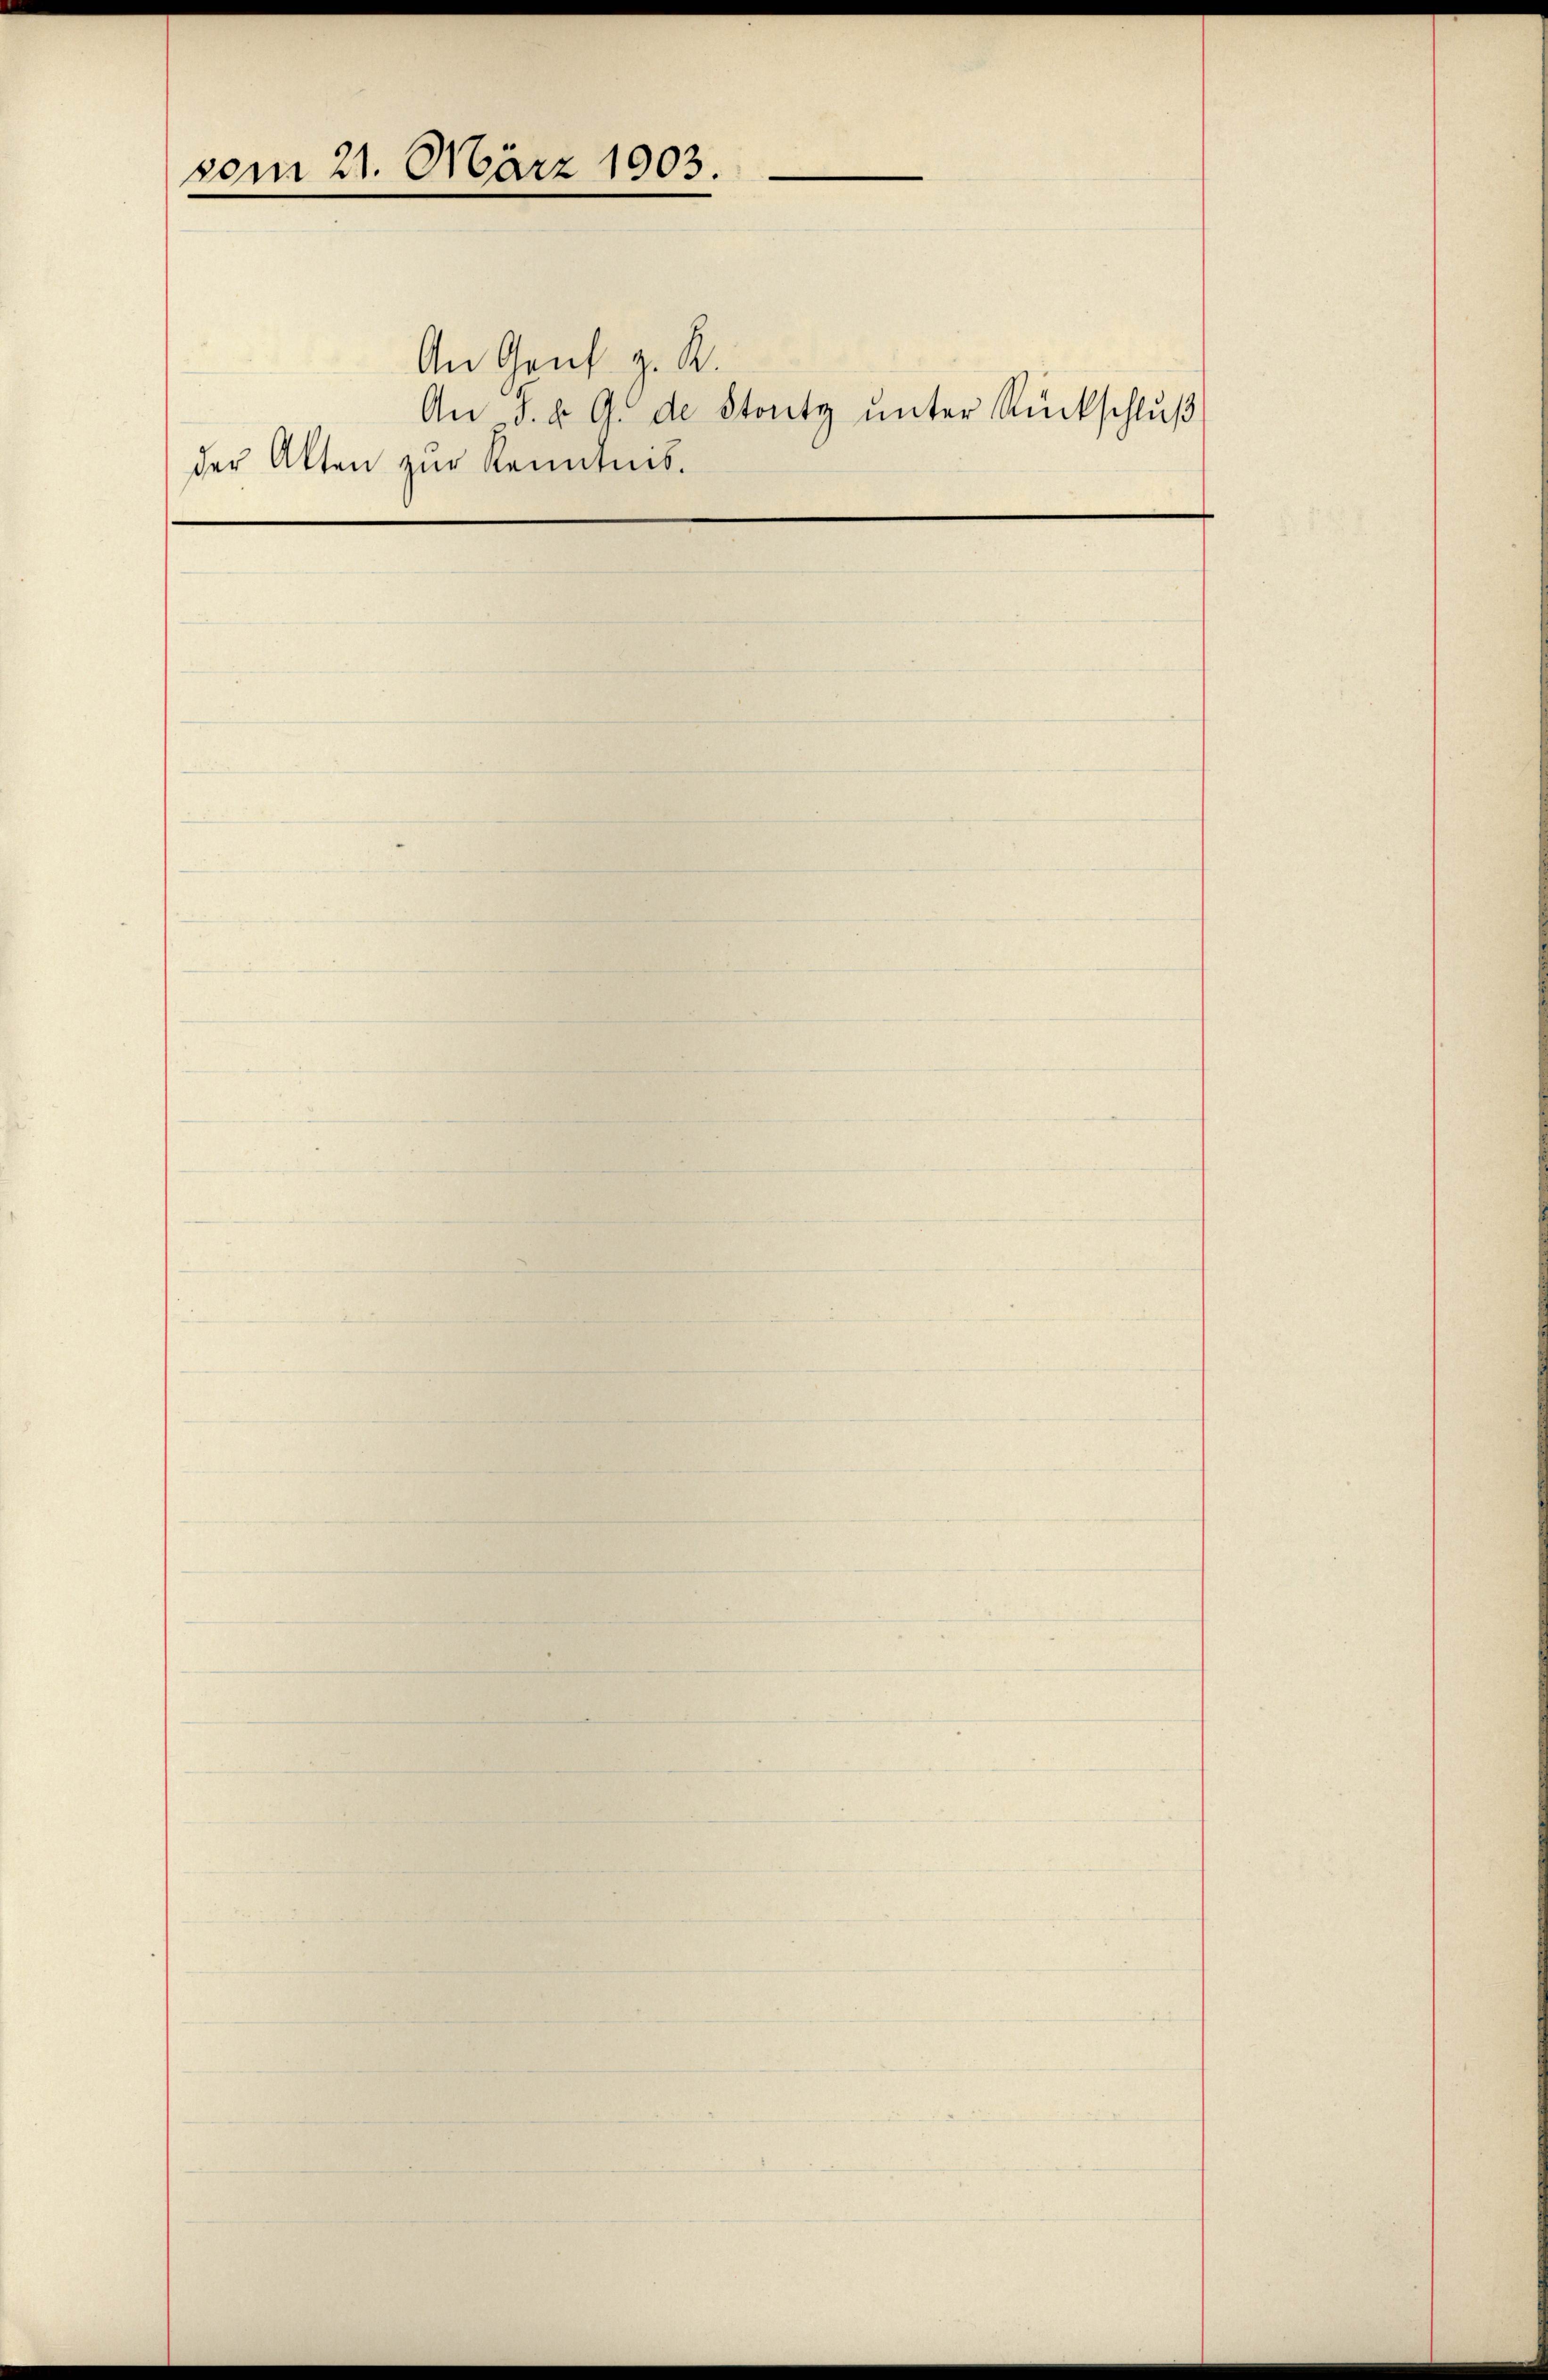
vom 21. März 1903.

An Genf z. R.

der Akten zur Kenntnis.

An F. v. G. de Stonty ŭnter Rückschlŭβ